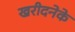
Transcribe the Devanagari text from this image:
खरीदनेके